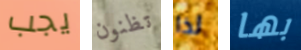
يجب تظنون لذا بها